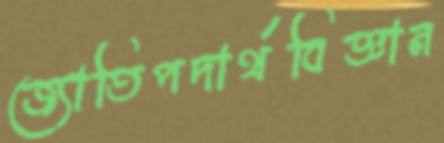
জ্যোতিপদার্থবিজ্ঞান